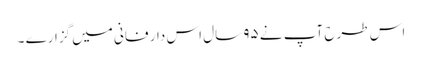
اس طرح آپ نے ۹۵ سال اس دار فانی میں گزارے ۔